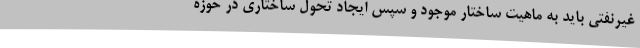
غیرنفتی باید به ماهیت ساختار موجود و سپس ایجاد تحول ساختاری در حوزه